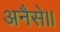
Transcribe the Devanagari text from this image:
अनैसे।।